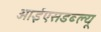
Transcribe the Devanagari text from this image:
आईएसडब्ल्यू